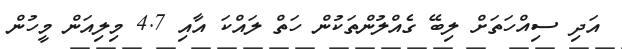
އަދި ސިއްހަތަށް ލިބޭ ގެއްލުންތަކުން ހަތް ލައްކަ އާއި 4.7 މިލިއަން މީހުން